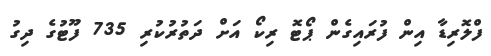
ފްލޮރިޑާ އިން ފުރައިގެން ޕޯޓޮ ރިކޯ އަށް ދަތުރުކުރި 735 ފޫޓުގެ ދިގު